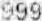
999